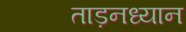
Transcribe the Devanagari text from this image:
ताड़नध्यान